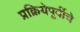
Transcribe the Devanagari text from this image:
प्रक्रियेपूर्वीचे